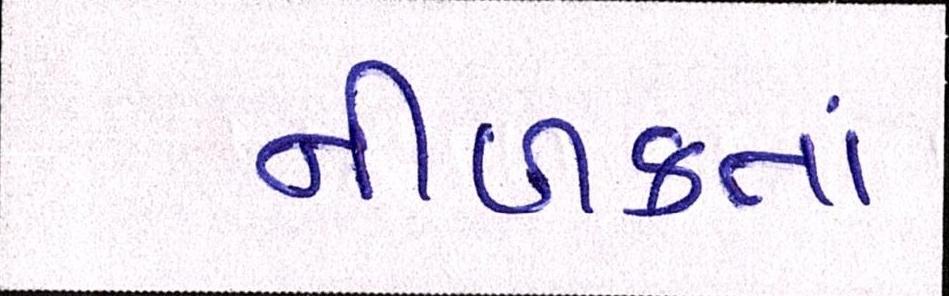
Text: નીળક્તાં